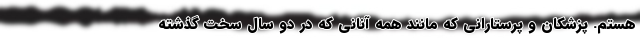
هستم. پزشکان و پرستارانی که مانند همه آنانی که در دو سال سخت گذشته